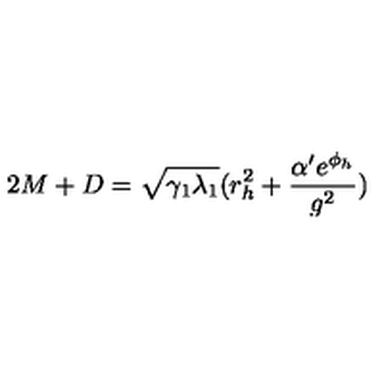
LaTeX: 2 M + D = \sqrt { \gamma _ { 1 } \lambda _ { 1 } } ( r _ { h } ^ { 2 } + \frac { \alpha ^ { \prime } e ^ { \phi _ { h } } } { g ^ { 2 } } )